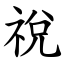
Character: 祱